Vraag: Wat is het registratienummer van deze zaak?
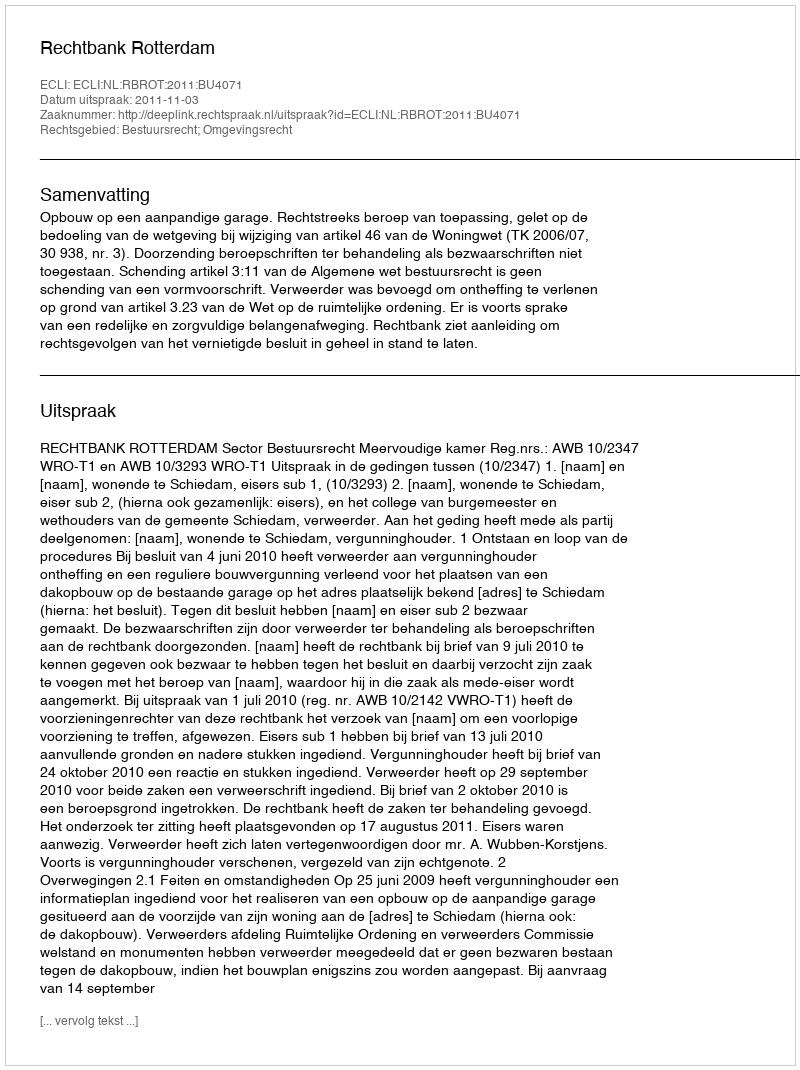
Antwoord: http://deeplink.rechtspraak.nl/uitspraak?id=ECLI:NL:RBROT:2011:BU4071